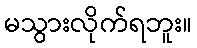
မသွားလိုက်ရဘူး။